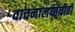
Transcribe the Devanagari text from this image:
वाचनालयांचीही